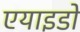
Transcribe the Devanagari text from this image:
एयाइडो